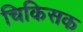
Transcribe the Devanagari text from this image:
चिकिसक